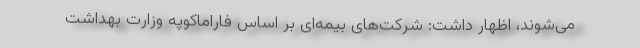
می‌شوند، اظهار داشت: شرکت‌های بیمه‌ای بر اساس فاراماکوپه وزارت بهداشت